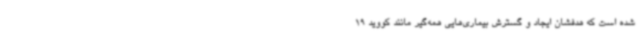
شده است که هدفشان ایجاد و گسترش بیماری‌هایی همه‌گیر مانند کووید 19